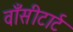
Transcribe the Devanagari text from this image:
वाँसीटार्ट